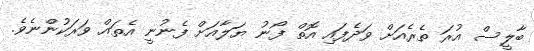
ބާލީސް އުރަ ތެރެއަށް ވަދެފައި އޮތް ފޯނު ޔަލާއަށް ފެނުނީ އެތައް ވަރަކުންނެވެ.